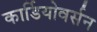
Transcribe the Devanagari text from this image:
कार्डियोवर्सन